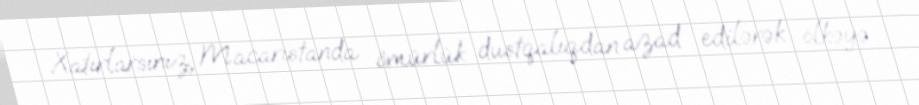
Xatırlarsınız, Macarıstanda ömürlük dustqalıqdan azad edilərək ölkəyə